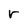
Character: r